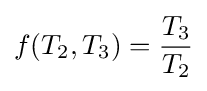
f(T_{2},T_{3})={\frac {T_{3}}{T_{2}}}